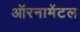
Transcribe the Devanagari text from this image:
ऑरनामेंटल